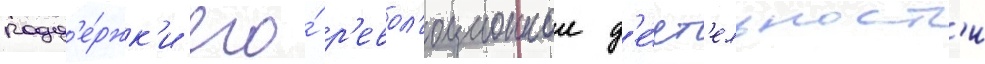
подд'е́ржк'и его́ р'евол'юционнои д'е́ят'ельност'и